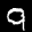
Label: 9